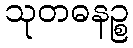
သုတဓနဉ္စ